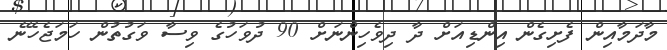
މާދަމާއިން ފެށިގެން އިންޑިއަށް ދާ ދިވެހިންނަށް 90 ދުވަހުގެ ވިސާ ވަގުތުން ހަމަޖެހޭނެ